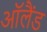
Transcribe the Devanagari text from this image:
ऑलैंड